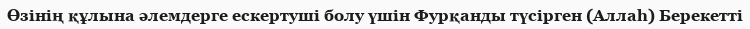
Өзінің құлына әлемдерге ескертуші болу үшін Фурқанды түсірген (Аллаһ) Берекетті